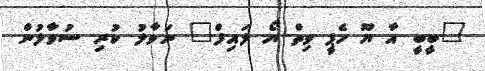
"ބީބީ އާ ޔޫ ހެޕީ ވިތް ޔޯ ލައިފް" ނަވާލު ކުރި ސުވާލުން